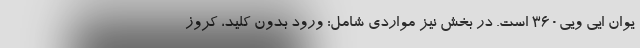
یوان ایی ویی360 است. در بخش نیز مواردی شامل: ورود بدون کلید، کروز